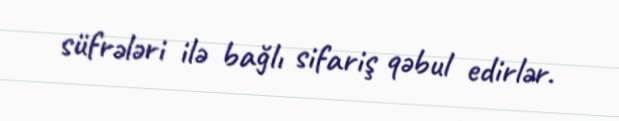
süfrələri ilə bağlı sifariş qəbul edirlər.